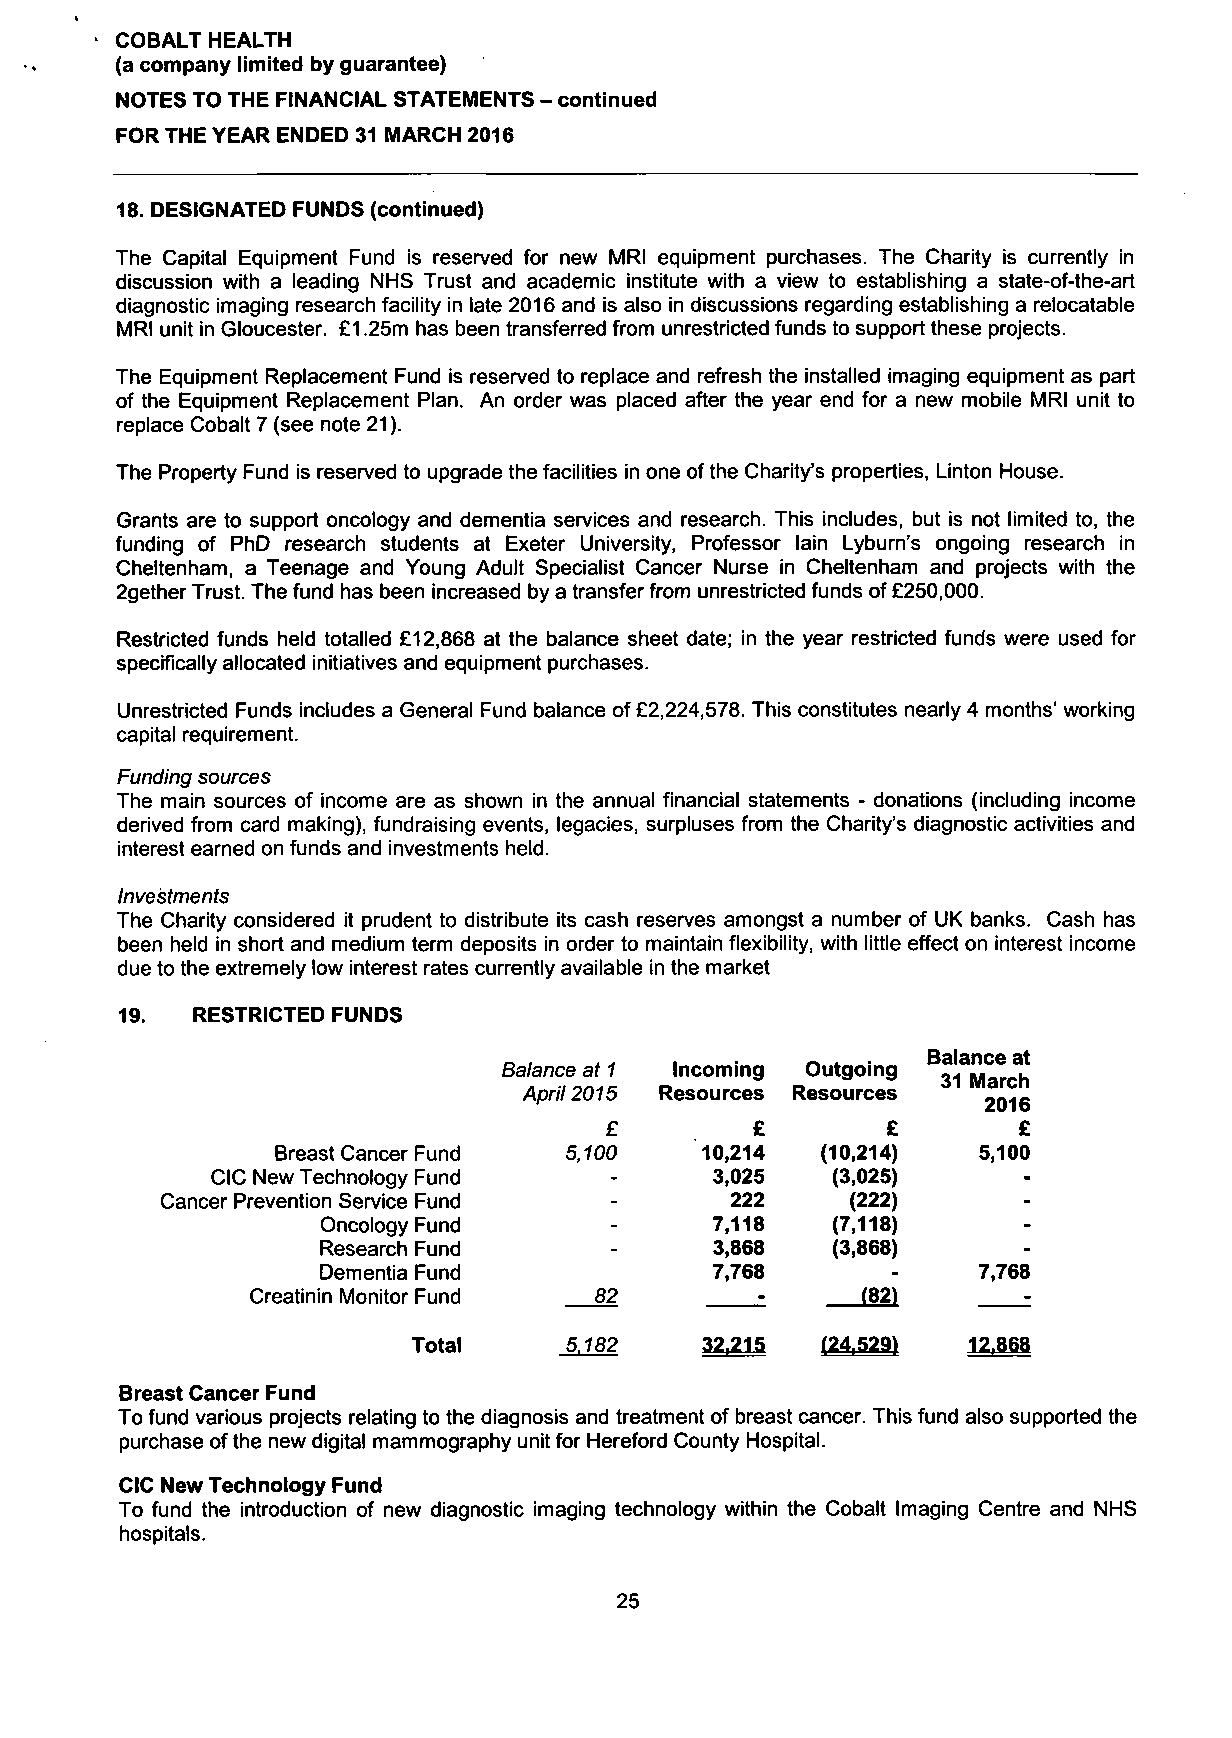
• COBALT HEALTH
 (a company limited by guarantee)
 NOTES TO THE FINANCIAL STATEMENTS - continued
 FOR THE YEAR ENDED 31 MARCH 2016
 18. DESIGNATED FUNDS (continued)
 The Capital Equipment Fund is reserved for new MRI equipment purchases. The Charity is currently in
 discussion with a leading NHS Trust and academic institute with a view to establishing a state-of-the-art
 diagnostic imaging research facility in late 2016 and is also in discussions regarding establishing a relocatable
 MRI unit in Gloucester. £1.25m has been transferred from unrestricted funds to support these projects.
 The Equipment Replacement Fund is reserved to replace and refresh the installed imaging equipment as part
 of the Equipment Replacement Plan. An order was placed after the year end for a new mobile MRI unit to
 replace Cobalt 7 (see note 21).
 The Property Fund is reserved to upgrade the facilities in one of the Charity's properties, Linton House.
 Grants are to support oncology and dementia services and research. This includes, but is not limited to, the
 funding of PhD research students at Exeter University, Professor lain Lyburn's ongoing research in
 Cheltenham, a Teenage and Young Adult Specialist Cancer Nurse in Cheltenham and projects with the
 2gether Trust. The fund has been increased by a transfer from unrestricted funds of £250,000.
 Restricted funds held totalled £12,868 at the balance sheet date; in the year restricted funds were used for
 specifically allocated initiatives and equipment purchases.
 Unrestricted Funds includes a General Fund balance of £2,224,578. This constitutes nearly 4 months' working
 capital requirement.
 Funding sources
 The main sources of income are as shown in the annual financial statements - donations (including income
 derived from card making), fundraising events, legacies, surpluses from the Charity's diagnostic activities and
 interest earned on funds and investments held.
 Investments
 The Charity considered it prudent to distribute its cash reserves amongst a number of UK banks. Cash has
 been held in short and medium term deposits in order to maintain flexibility, with little effect on interest income
 due to the extremely low interest rates currently available in the market
 19.  RESTRICTED FUNDS
 BBaallaannccee aatt
 Balance at 1 Incoming Outgoing
 3311 MMaarrcchh
 April 2015 Resources Resources
 22001166
 £         £        £       £
 Breast Cancer Fund 5,100    10,214  (10,214)   5,100
 CIC New Technology Fund   -      3,025   (3,025)      -
 Cancer Prevention Service Fund -     222     (222)       -
 Oncology Fund      -      7,118   (7,118)      -
 Research Fund      -      3,868   (3,868)      -
 Dementia Fund             7,768       -     7,768
 Creatinin Monitor Fund 82        -      (82)       -
 Total     5,182    32,215  f24.529>  12868
 r
 Breast Cancer Fund
 To fund various projects relating to the diagnosis and treatment of breast cancer. This fund also supported the
 purchase of the new digital mammography unit for Hereford County Hospital.
 CIC New Technology Fund
 To fund the introduction of new diagnostic imaging technology within the Cobalt Imaging Centre and NHS
 hospitals.
 25